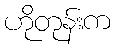
ဟိုတုန်းက